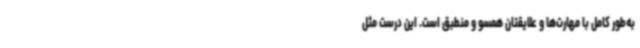
به‌طور کامل با مهارت‌ها و علایقتان همسو و منطبق است. این درست مثل